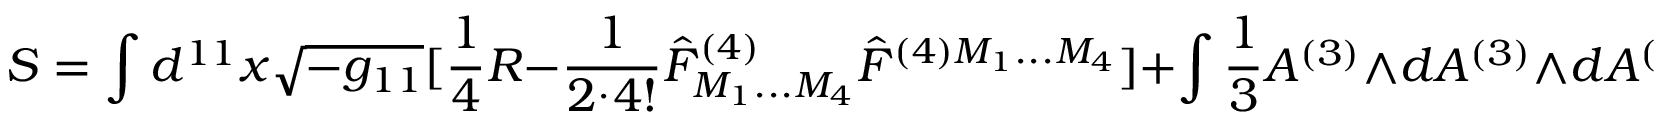
S = \int d ^ { 1 1 } x \sqrt { - g _ { 1 1 } } [ { \frac { 1 } { 4 } } R - { \frac { 1 } { 2 ^ { . } 4 ! } } \hat { F } _ { M _ { 1 } . . . M _ { 4 } } ^ { ( 4 ) } \hat { F } ^ { ( 4 ) M _ { 1 } . . . M _ { 4 } } ] + \int { \frac { 1 } { 3 } } A ^ { ( 3 ) } \wedge d A ^ { ( 3 ) } \wedge d A ^ { ( 3 ) }